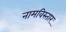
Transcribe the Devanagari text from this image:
नामविस्‍तार